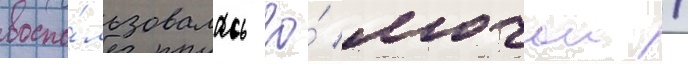
воспо́льзовалась ео́ мочои /